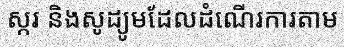
ស្ករ និងសូដ្យូមដែលដំណើរការតាម